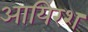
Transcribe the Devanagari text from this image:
आयिरश